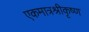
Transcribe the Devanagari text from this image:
एकमात्रश्रीकृष्ण